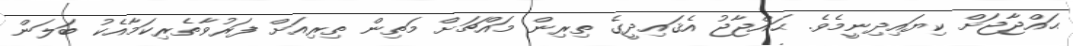
ޙައްޖާޖަށް ކިޔައިދިނީމެވެ. ޙައްޖާޖު އެޤައިދީގެ ތިރިން މައްޗަށް މަތިން ތިރިއަށް ފަރުވާތެރިކަމާއެކު ބަލަން